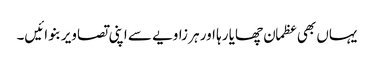
یہاں بھی عظمان چھایا رہا اور ہر زاویے سے اپنی تصاویر بنوائیں۔